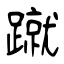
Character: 蹴